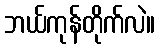
ဘယ်ကုန်တိုက်လဲ။